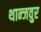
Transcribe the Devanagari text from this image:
थान्जवुर